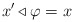
\begin{align*} x'\triangleleft \varphi=x \end{align*}